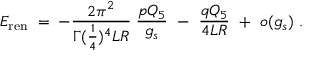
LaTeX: { \cal E } _ { \mathrm { r e n } } \; = \; - { \frac { 2 \pi ^ { 2 } } { \Gamma ( { \frac { 1 } { 4 } } ) ^ { 4 } L R } } \; { \frac { p Q _ { 5 } } { g _ { s } } } \ - \ { \frac { q Q _ { 5 } } { 4 L R } } \ + \ o ( g _ { s } ) \ .